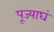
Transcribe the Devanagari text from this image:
पूज्याघं